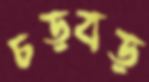
চড়বড়